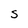
Character: S